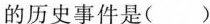
的历史事件是()